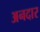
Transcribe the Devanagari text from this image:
अनदार